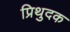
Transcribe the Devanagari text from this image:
प्रिथुदक